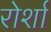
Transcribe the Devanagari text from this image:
रोर्शा